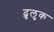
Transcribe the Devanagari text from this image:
ढुलुक